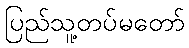
ပြည်သူ့တပ်မတော်